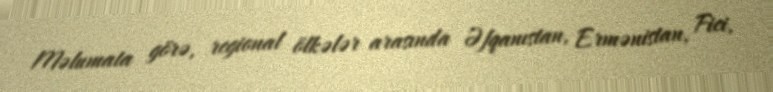
Məlumata görə, regional ölkələr arasında Əfqanıstan, Ermənistan, Fici,